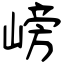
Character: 嵭